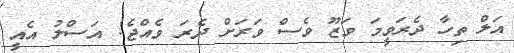
އަލް ތިހާ ދެރަވީމަ ވަޒޫ ވެސް ވަރަށް ދެރަ ވެއްޖެ! އަސްލު އެއީ